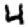
Digit: 4